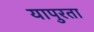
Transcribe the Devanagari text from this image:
यापुरता